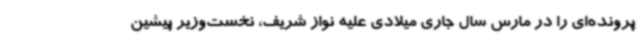
پرونده‌ای را در مارس سال جاری میلادی علیه نواز شریف، نخست‌وزیر پیشین